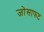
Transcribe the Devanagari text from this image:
जोसाफट